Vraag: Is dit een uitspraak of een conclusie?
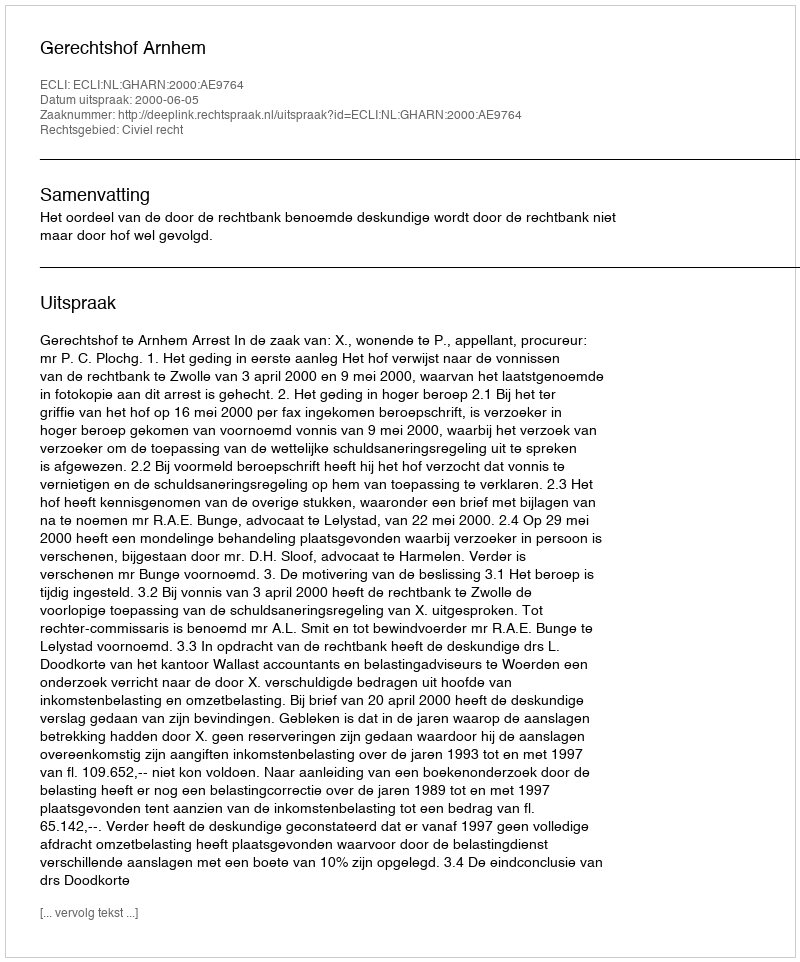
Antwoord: Uitspraak